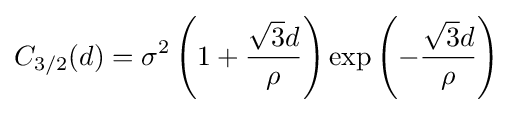
C_{3/2}(d)=\sigma ^{2}\left(1+{\frac {{\sqrt {3}}d}{\rho }}\right)\exp \left(-{\frac {{\sqrt {3}}d}{\rho }}\right)